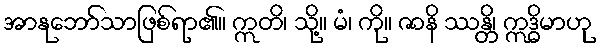
အာနုဘော်သာဖြစ်ရာ၏။ ဣတိ၊ သို့။ မံ၊ ကို။ ဇာနိ ဿန္တိ၊ ဣဒ္ဓိမာဟု